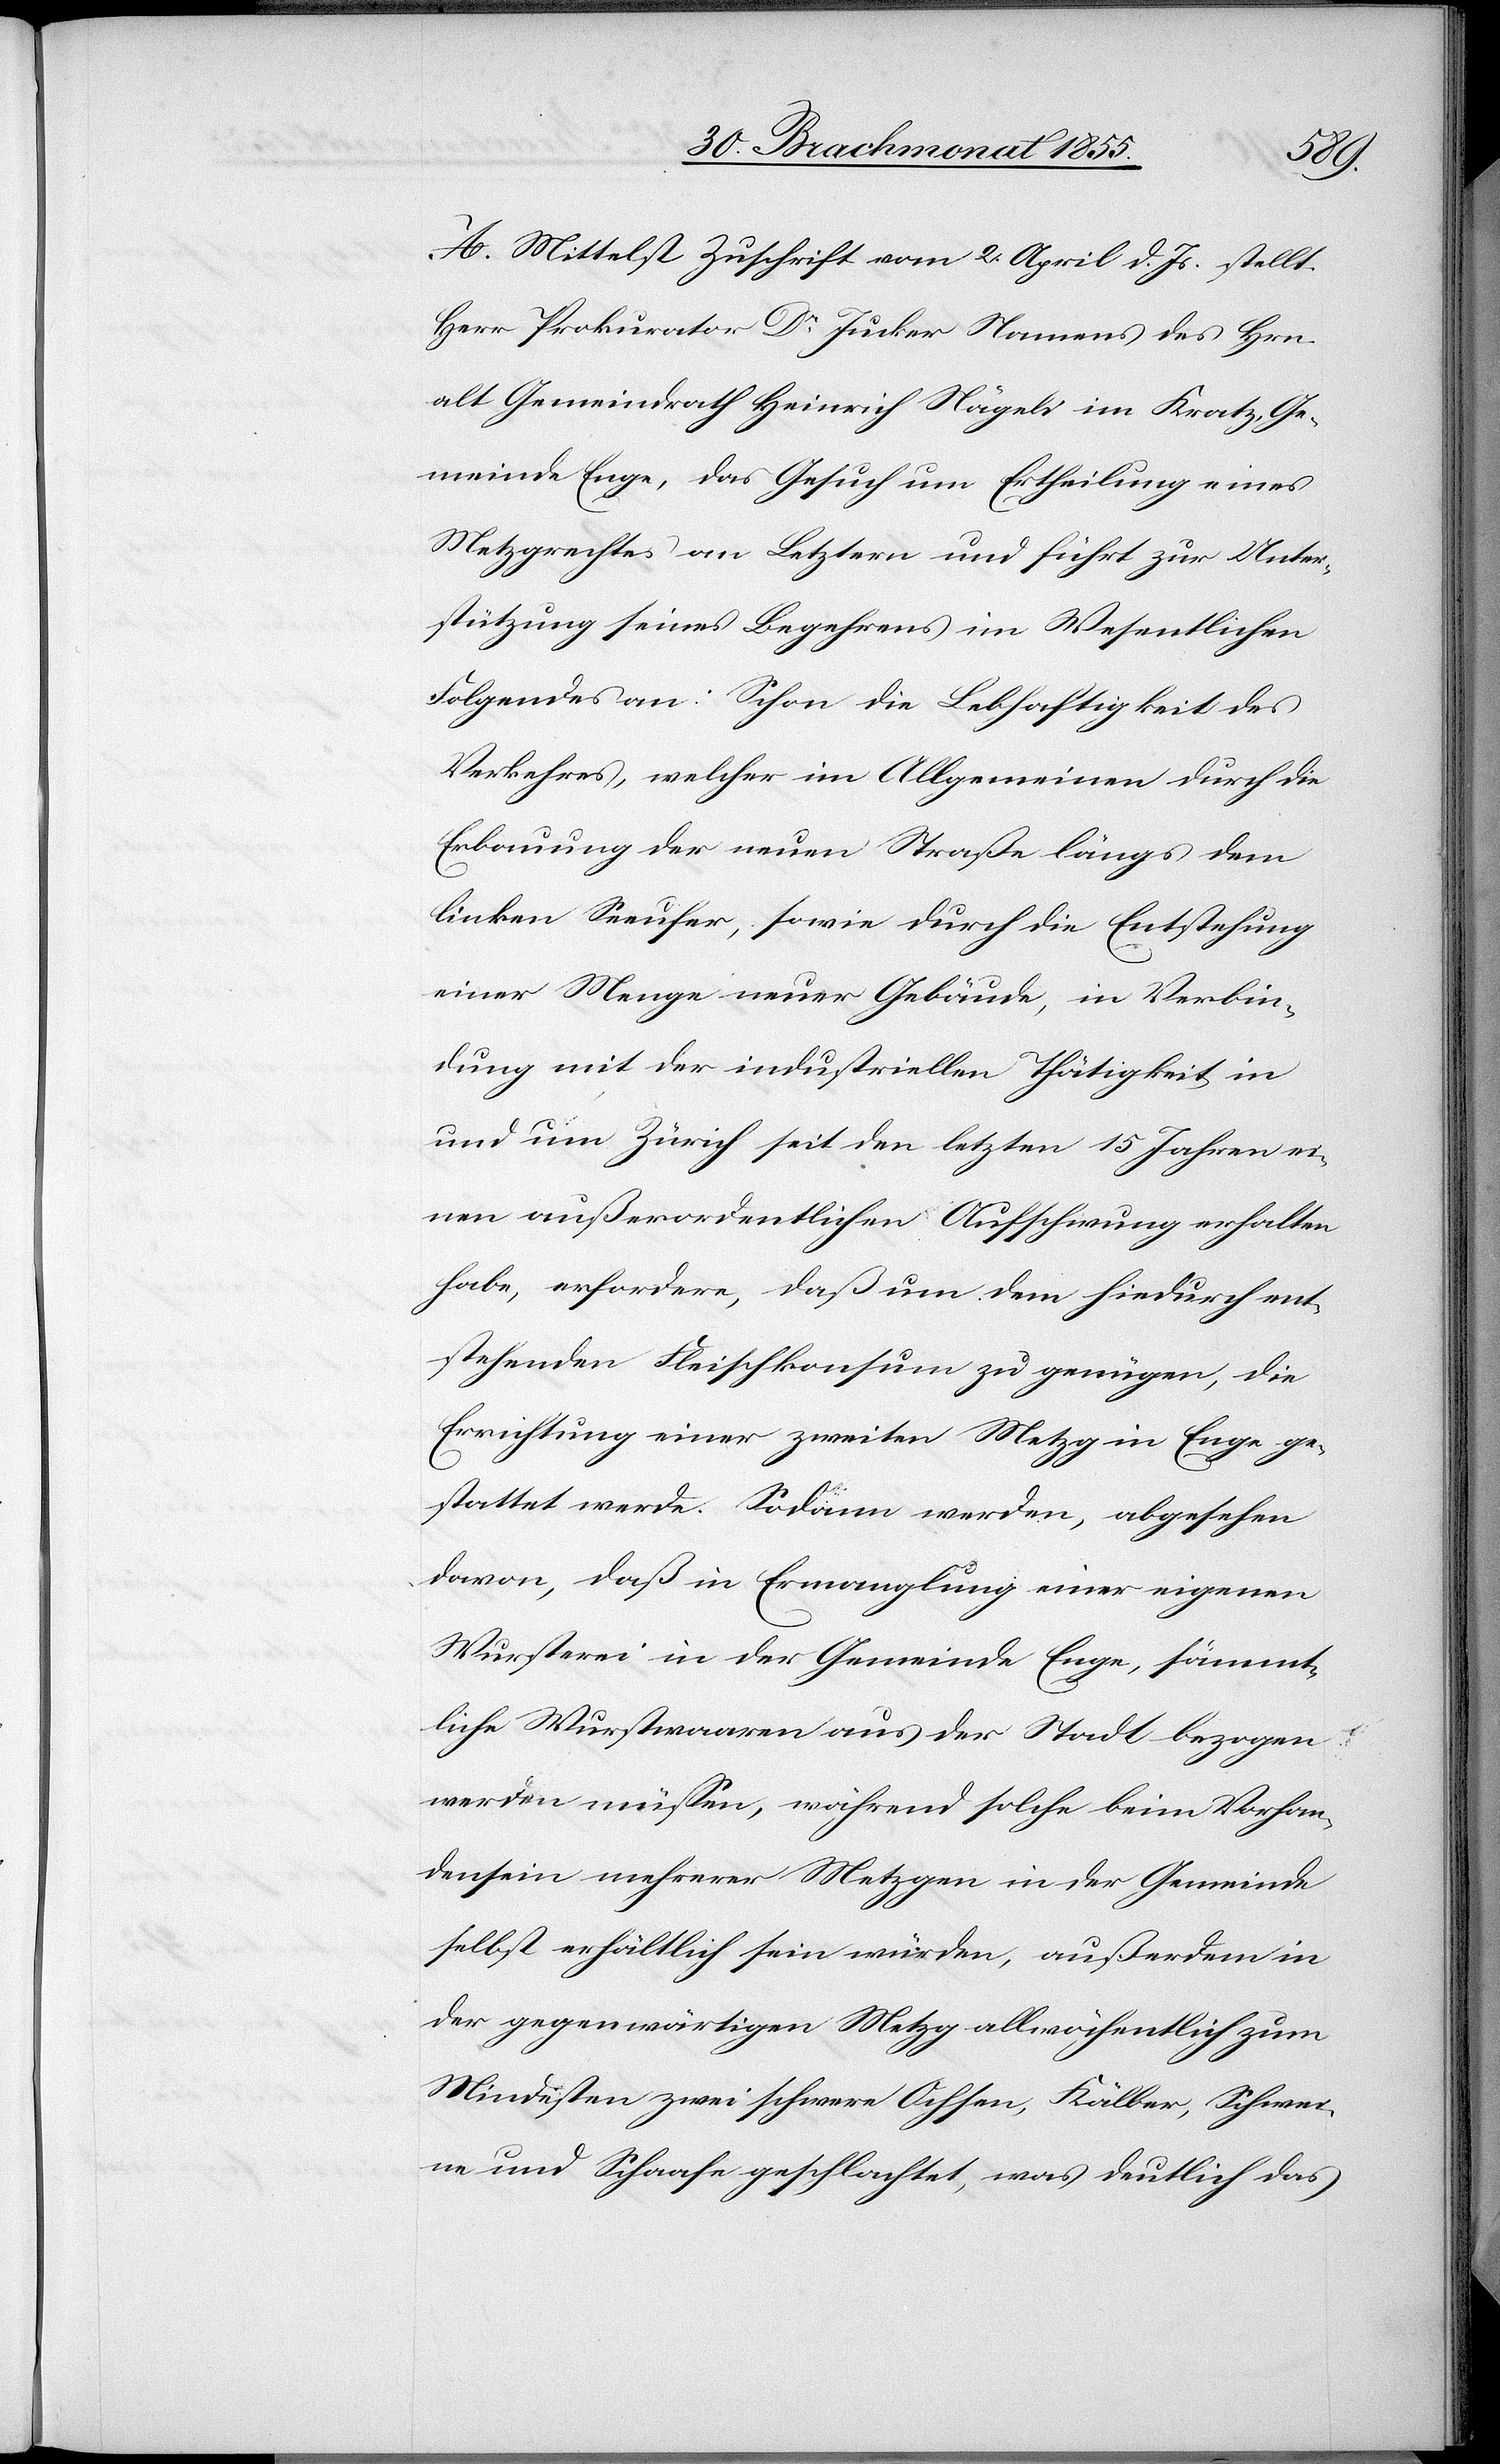
A. Mittelst Zuschrift vom 2. April d. Js. stellt
Herr Prokurator Dr Jucker Namens des Hrn.
alt Gemeindrath Heinrich Nägeli im Kratz, Ge¬
meinde Enge, das Gesuch um Ertheilung eines
Metzgrechtes an Letztern und führt zur Unter¬
stützung seines Begehrens im Wesentlichen
Folgendes an: Schon die Lebhaftigkeit des
Verkehres, welcher im Allgemeinen durch die
Erbauung der neuen Straße längs dem
linken Seeufer, sowie durch die Entstehung
einer Menge neuer Gebäude, in Verbin¬
dung mit der industriellen Thätigkeit in
und um Zürich seit den letzten 15 Jahren ei¬
nen außerordentlichen Aufschwung erhalten
habe, erfordere, daß um dem hiedurch ent¬
stehenden Fleischkonsum zu genügen, die
Errichtung einer zweiten Metzg in Enge ge¬
stattet werde. Sodann werden, abgesehen
davon, daß in Ermanglung einer eigenen
Wursterei in der Gemeinde Enge, sämmt¬
liche Wurstwaaren aus der Stadt bezogen
werden müssen, während solche beim Vorhan¬
densein mehrerer Metzgen in der Gemeinde
selbst erhältlich sein würden, außerdem in
der gegenwärtigen Metzg allwöchentlich zum
Mindesten zwei schwere Ochsen, Kälber, Schwei¬
ne und Schaafe geschlachtet, was deutlich das